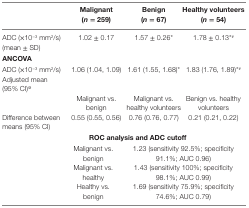
<table><thead><tr><td></td><td><b>Malignant (<i>n</i> = 259)</b></td><td><b>Benign (<i>n</i> = 67)</b></td><td><b>Healthy volunteers (<i>n</i> = 54)</b></td></tr></thead><tbody><tr><td>ADC (×10<sup>−3</sup> mm<sup>2</sup>/s) (mean ± SD)</td><td>1.02 ± 0.17</td><td>1.57 ± 0.26*</td><td>1.78 ± 0.13*<sup>#</sup></td></tr><tr><td colspan="4"><b>ANCOVA</b></td></tr><tr><td>ADC (×10<sup>−3</sup> mm<sup>2</sup>/s)</td><td>1.06 (1.04, 1.09)</td><td>1.61 (1.55, 1.68)*</td><td>1.83 (1.76, 1.89)*<sup>#</sup></td></tr><tr><td>Adjusted mean (95% CI)<sup>@</sup></td><td></td><td></td><td></td></tr><tr><td></td><td>Malignant vs. benign</td><td>Malignant vs. healthy volunteers</td><td>Benign vs. healthy volunteers</td></tr><tr><td>Difference between means (95% CI)</td><td>0.55 (0.55, 0.56)</td><td>0.76 (0.76, 0.77)</td><td>0.21 (0.21, 0.22)</td></tr><tr><td colspan="4"><b>ROC analysis and ADC cutoff</b></td></tr><tr><td></td><td>Malignant vs. benign</td><td colspan="2">1.23 (sensitivity 92.5%; specificity 91.1%; AUC 0.96)</td></tr><tr><td></td><td>Malignant vs. healthy</td><td colspan="2">1.43 (sensitivity 100%; specificity 98.1%; AUC 0.99)</td></tr><tr><td></td><td>Healthy vs. benign</td><td colspan="2">1.69 (sensitivity 75.9%; specificity 74.6%; AUC 0.79)</td></tr></tbody></table>